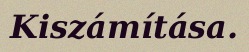
Kiszámítása.